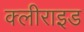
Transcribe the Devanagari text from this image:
क्लीराइड